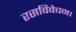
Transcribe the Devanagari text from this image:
रसविवेचन।